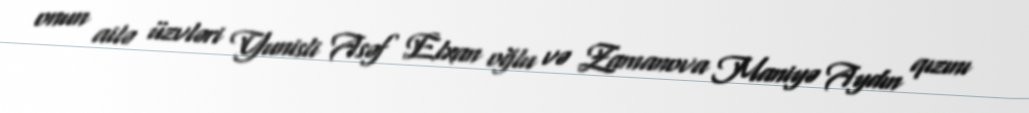
onun ailə üzvləri Yunisli Asəf Elxan oğlu və Zamanova Maniyə Aydın qızını